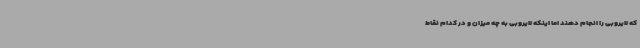
که لایروبی را انجام دهند اما اینکه لایروبی به چه میزان و در کدام نقاط